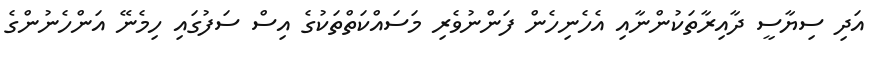
އަދި ސިޔާސީ ދާއިރާތަކުންނާއި އެހެނިހެން ފަންނުވެރި މަސައްކަތްތަކުގެ އިސް ސަފުގައި ހިމެނޭ އަންހެނުންގެ